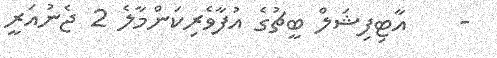
-    އާޓިފިޝަލް ބީޗުގެ އުފާވެރިކަންމާލެ 2 ޖެނުއަރީ